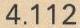
4.112